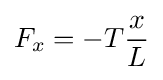
F_{x}=-T{\frac {x}{L}}